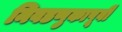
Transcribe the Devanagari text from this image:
निवडणुकापूर्वी